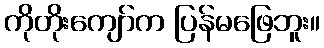
ကိုတိုးကျော်က ပြန်မဖြေဘူး။